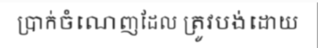
ប្រាក់ចំណេញដែល ត្រូវបង់ដោយ